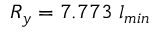
R _ { y } = 7 . 7 7 3 ~ l _ { m i n }